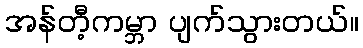
အန်တီ့ကမ္ဘာ ပျက်သွားတယ်။